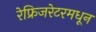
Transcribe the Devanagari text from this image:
रेफ्रिजरेटरमधून